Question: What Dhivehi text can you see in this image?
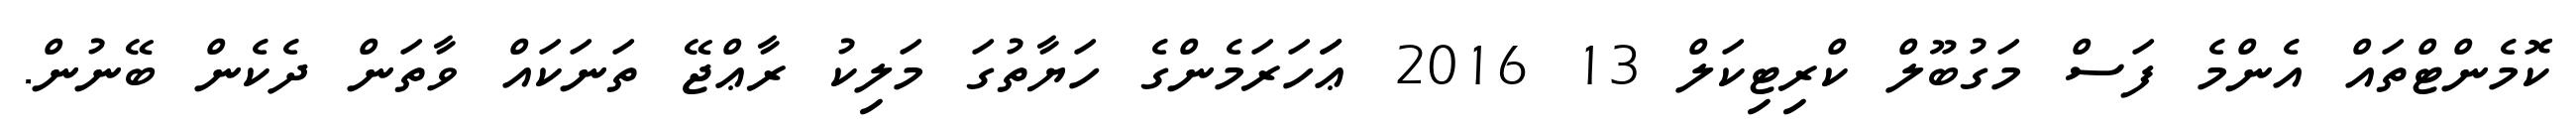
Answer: ކޮމެންޓްތައް އެންމެ ފަސް މަގުބޫލް ކްރިޓިކަލް 13 2016 ޢަަހަރަމެންގެ ހަޔާތުގަ މަލިކު ރާޢްޖޭ ތަނަކައް ވާތަން ދެކެން ބޭނުން.